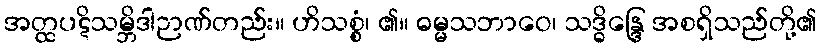
အတ္ထပဋိသမ္ဘိဒါဉာဏ်တည်း။ ဟိသစ္စံ၊ ၏။ ဓမ္မသဘာဝေ၊ သဒ္ဓိန္ဒြေ အစရှိသည်တို့၏